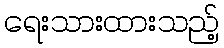
ရေးသားထားသည့်